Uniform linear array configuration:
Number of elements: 48
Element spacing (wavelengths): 0.25
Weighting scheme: blackman
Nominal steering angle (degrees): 45
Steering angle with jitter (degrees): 46.129
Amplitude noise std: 0.05
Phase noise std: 0.05

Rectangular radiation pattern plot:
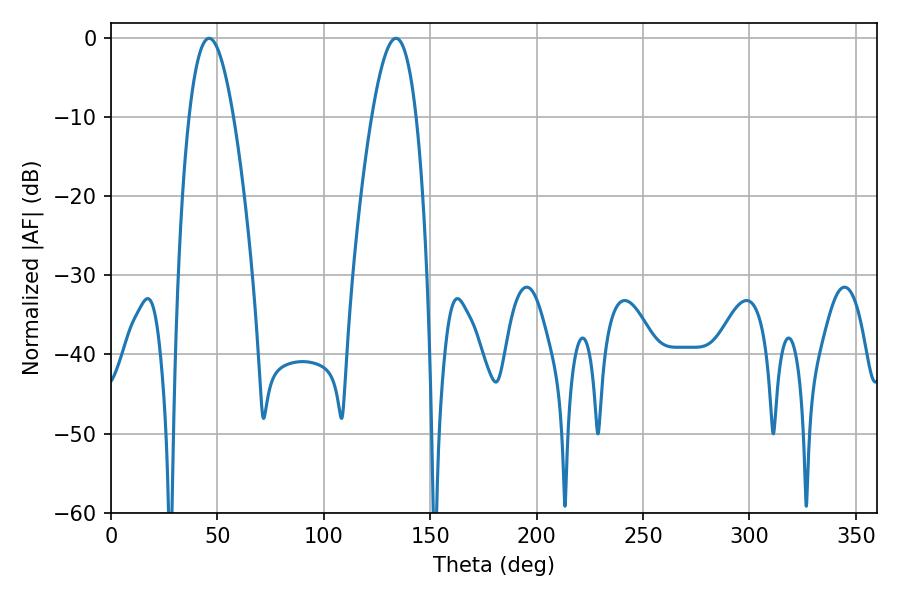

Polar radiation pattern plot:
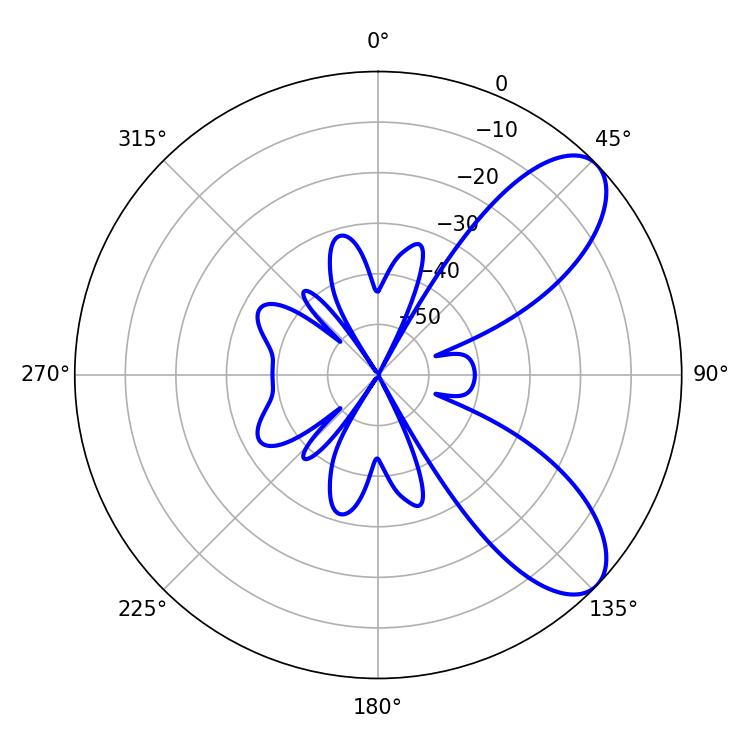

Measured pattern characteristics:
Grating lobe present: FALSE
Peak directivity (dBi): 8.085
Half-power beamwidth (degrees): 11.34
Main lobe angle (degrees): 46.08